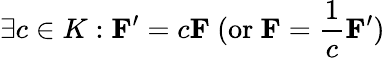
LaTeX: \exists c\in K:\mathbf{F}^{\prime}=c\mathbf{F}{\mathrm{~(or~}}\mathbf{F}={\frac{1}{c}}\mathbf{F}^{\prime}{\mathrm{)}}